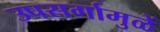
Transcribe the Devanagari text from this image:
उपसर्गामुळें